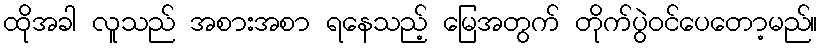
ထိုအခါ လူသည် အစားအစာ ရနေသည့် မြေအတွက် တိုက်ပွဲဝင်ပေတော့မည်။